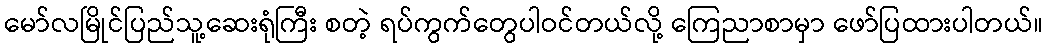
မော်လမြိုင်ပြည်သူ့ဆေးရုံကြီး စတဲ့ ရပ်ကွက်တွေပါဝင်တယ်လို့ ကြေညာစာမှာ ဖော်ပြထားပါတယ်။